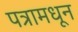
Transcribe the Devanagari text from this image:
पत्रामधून